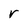
Character: r